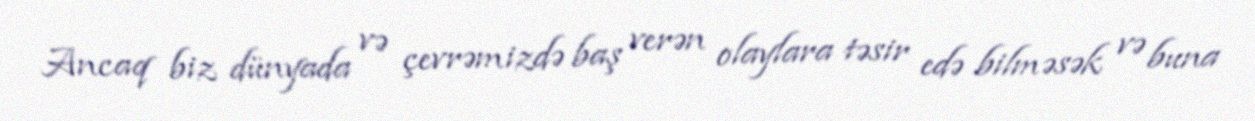
Ancaq biz dünyada və çevrəmizdə baş verən olaylara təsir edə bilməsək və buna